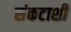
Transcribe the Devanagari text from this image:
संकटाशी